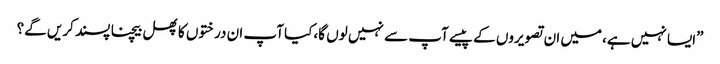
”ایسا نہیں ہے،میں ان تصویروں کے پیسے آپ سے نہیں لوں گا،کیا آپ ان درختوں کا پھل بیچنا پسند کریں گے؟